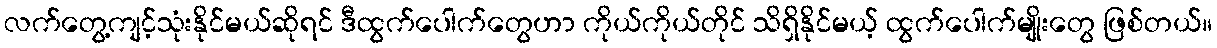
လက်တွေ့ကျင့်သုံးနိုင်မယ်ဆိုရင် ဒီထွက်ပေါက်တွေဟာ ကိုယ်ကိုယ်တိုင် သိရှိနိုင်မယ့် ထွက်ပေါက်မျိုးတွေ ဖြစ်တယ်။